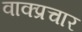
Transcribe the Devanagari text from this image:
वाक्‍प्रचार